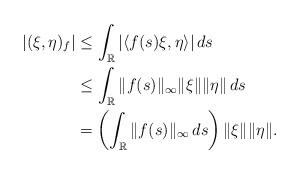
LaTeX: \begin{align*} |(\xi,\eta)_f| &\leq \int_{\mathbb{R}} |\langle f(s)\xi,\eta\rangle|\,ds\\ &\leq \int_{\mathbb{R}} \|f(s)\|_{\infty}\|\xi\|\|\eta\|\,ds\\ &= \left(\int_{\mathbb{R}} \|f(s)\|_{\infty}\,ds\right)\|\xi\|\|\eta\|. \end{align*}